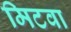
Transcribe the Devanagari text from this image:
मिटवा